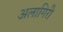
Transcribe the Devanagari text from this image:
अलागिरी